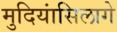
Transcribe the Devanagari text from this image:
मुदियांसिलागे